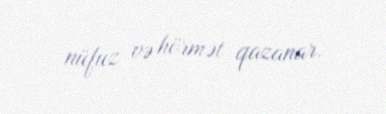
nüfuz və hörmət qazanar.